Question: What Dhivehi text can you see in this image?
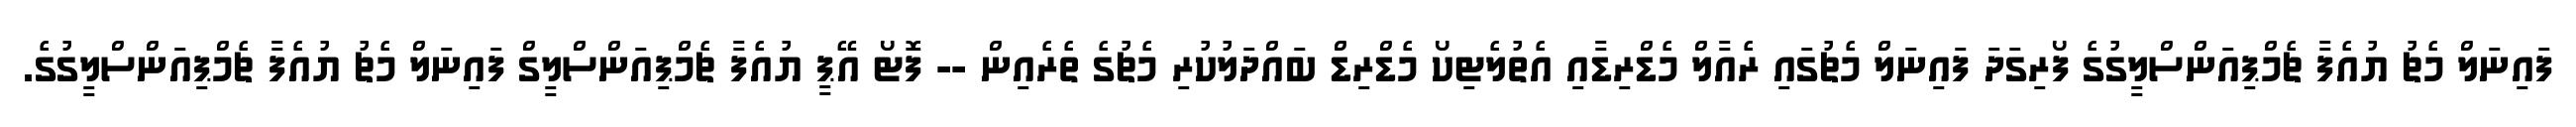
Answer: ފައިނަލް މެޗު ޔުއެފާ ޗެމްޕިއަންސްލީގުގެ ފޯރިގަދަ ފައިނަލް މެޗުގައި ރެއާލް މެޑްރިޑާއި އެތުލެޓިކޯ މެޑްރިޑް ބައްދަލުކުރި މެޗުގެ ތެރެއިން -- ފޮޓޯ އޭޕީ ޔުއެފާ ޗެމްޕިއަންސްލީގް ފައިނަލް މެޗު ޔުއެފާ ޗެމްޕިއަންސްލީގުގެ.